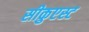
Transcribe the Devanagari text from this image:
सीकुएस्ट